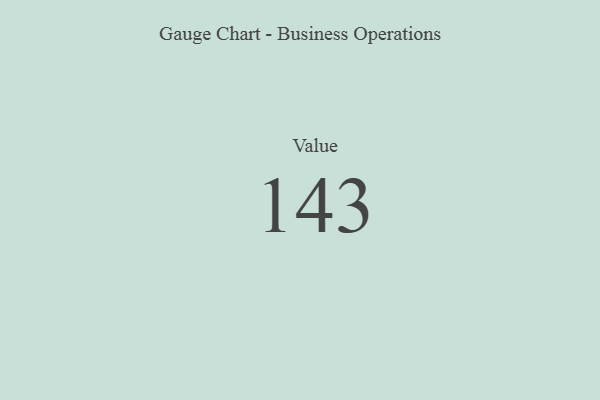
{"axis": {"x": "Metric", "y": "Value"}, "legend": [""], "data": [{"x": "Value", "y": 143, "type": ""}]}